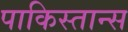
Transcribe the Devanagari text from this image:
पाकिस्तान्स